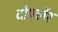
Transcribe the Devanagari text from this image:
दोर्फ्लेर